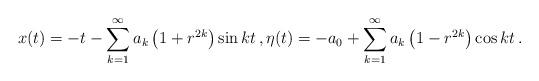
LaTeX: \begin{align*}x (t) = - t - \sum_{k=1}^\infty a_k \left( 1 + r^{2 k} \right) \sin kt \, , \eta (t) = - a_0 + \sum_{k=1}^\infty a_k \left( 1 - r^{2 k} \right) \cos kt \, .\end{align*}